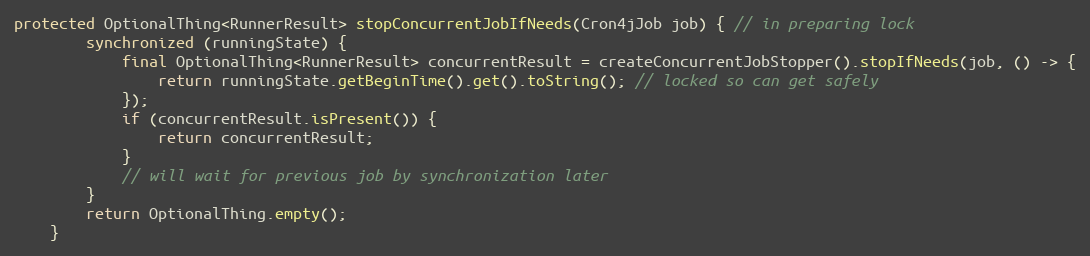
Language: Java
protected OptionalThing<RunnerResult> stopConcurrentJobIfNeeds(Cron4jJob job) { // in preparing lock
        synchronized (runningState) {
            final OptionalThing<RunnerResult> concurrentResult = createConcurrentJobStopper().stopIfNeeds(job, () -> {
                return runningState.getBeginTime().get().toString(); // locked so can get safely
            });
            if (concurrentResult.isPresent()) {
                return concurrentResult;
            }
            // will wait for previous job by synchronization later
        }
        return OptionalThing.empty();
    }